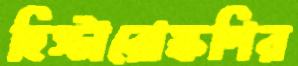
হিস্টারোস্কপির